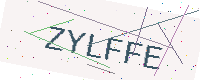
Text: ZYLFFE